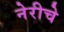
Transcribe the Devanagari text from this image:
नेरीचे